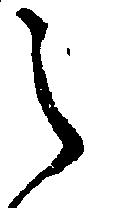
之